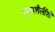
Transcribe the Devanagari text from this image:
नृत्यशैलींशी